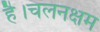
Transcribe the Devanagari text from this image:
है।चलनक्षम